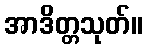
အာဒိတ္တသုတ်။